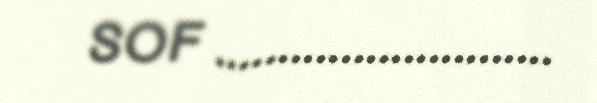
SOF ...........................